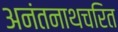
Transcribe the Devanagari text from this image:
अनंतनाथचरित